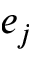
e _ { j }